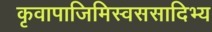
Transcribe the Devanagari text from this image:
कृवापाजिमिस्वससादिभ्य